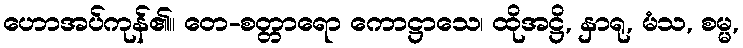
ဟောအပ်ကုန်၏။ တေ-စတ္တာရော ကောဋ္ဌာသေ၊ ထိုအဋ္ဌိ, နှာရု, မံသ, စမ္မ,